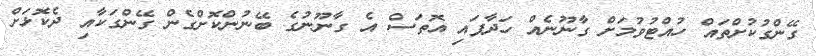
ގޭންގުކުށްތައް ހުއްޓުވުމަށް ގާނޫނެއް ހަދާފައި އޮތަސް އެ ގާނޫނުގެ ބޭނުންކޮށްގެން ގޭންގަކާއި ދެކޮޅަށް